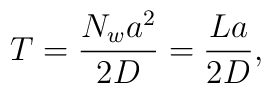
T=\frac{N_wa^2}{2D}=\frac{L a}{2D},